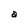
Character: a